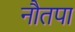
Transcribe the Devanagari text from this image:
नौतपा